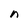
Character: n